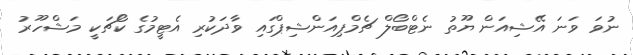
ނުވަ ވަނަ އޭޝިއަން ޔޫތު ނެޓްބޯލް ޗެމްޕިއަންޝިޕްގައި ވާދަކުރި އެޓީމުގެ ކޯޗަކީ މަޝްހޫރު